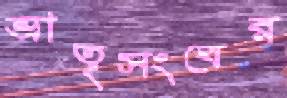
ভ্রাতৃসংঘের